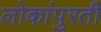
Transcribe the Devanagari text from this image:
लोकांपुरती